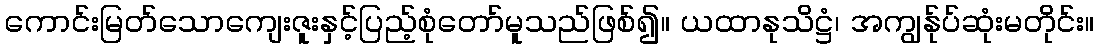
ကောင်းမြတ်သောကျေးဇူးနှင့်ပြည့်စုံတော်မူသည်ဖြစ်၍။ ယထာနုသိဋ္ဌံ၊ အကျွန်ုပ်ဆုံးမတိုင်း။